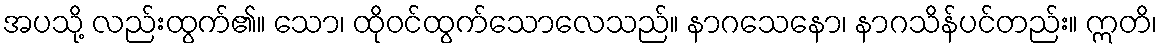
အပသို့ လည်းထွက်၏။ သော၊ ထိုဝင်ထွက်သောလေသည်။ နာဂသေနော၊ နာဂသိန်ပင်တည်း။ ဣတိ၊